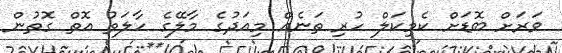
ވަރަށް ބޮޑަށް ކެމިކަލް ހުރި ތަނެއް މިއަދުގެ މާލޭގެ ހާލަތު އޮތް ގޮތުން